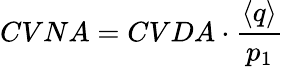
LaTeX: CVNA=CVDA\cdot\frac{\langle q\rangle}{p_{1}}